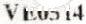
VE0514